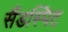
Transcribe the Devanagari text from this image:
सैंडस्पिट